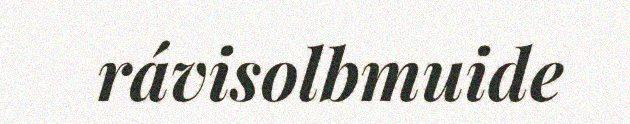
rávisolbmuide